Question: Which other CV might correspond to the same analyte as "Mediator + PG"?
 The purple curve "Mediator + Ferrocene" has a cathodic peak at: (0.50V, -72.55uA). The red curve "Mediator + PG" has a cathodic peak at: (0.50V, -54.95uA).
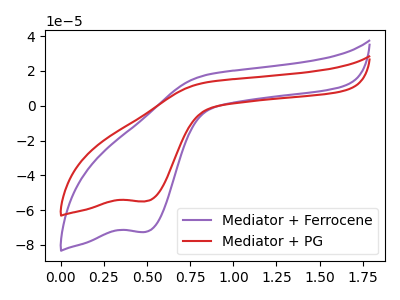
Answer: <think>All the peaks in "Mediator + Ferrocene" have a peak in "Mediator + PG" at the same potential. Every peak in "Mediator + Ferrocene" is higher than every peak in "Mediator + PG".
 </think>
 <answer>The CV with the most similar shape to "Mediator + Ferrocene" is "Mediator + PG".</answer>
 <eval>"Mediator + PG"</eval>